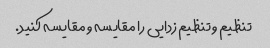
تنظیم و تنظیم زدایی را مقایسه و مقایسه کنید.